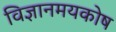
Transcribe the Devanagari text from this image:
विज्ञानमयकोष